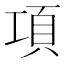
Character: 項